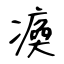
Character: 瘓